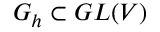
G _ { h } \subset G L ( V )